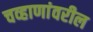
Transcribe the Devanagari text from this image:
चव्हाणांवरील